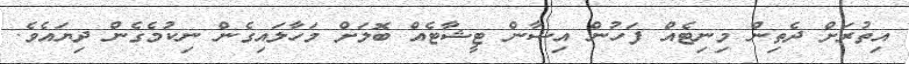
އިތުރަށް ދެތިން މިނިޓެއް ފަހުން އިޝާން ޓީޝާޓެއް ބޮލަށް މަހާލައިގެން ނިކުމެގެން ދިޔައެވެ.